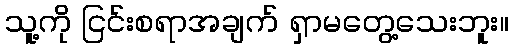
သူ့ကို ငြင်းစရာအချက် ရှာမတွေ့သေးဘူး။